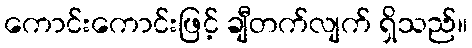
ကောင်းကောင်းဖြင့် ချီတက်လျက် ရှိသည်။